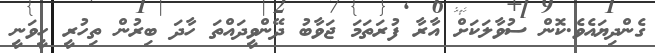
ގެންދިޔައެވެ.ކޮން ސުވާލަކަށް އާރާ ފުރަތަމަ ޖަވާބު ދޭންވީދައްތަ ހާދަ ބިރުން ތިހުރީ ހީވަނީ